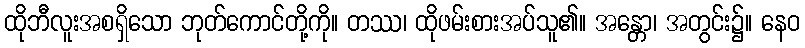
ထိုဘီလူးအစရှိသော ဘုတ်ကောင်တို့ကို။ တဿ၊ ထိုဖမ်းစားအပ်သူ၏။ အန္တော၊ အတွင်း၌။ နေဝ